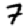
Digit: 7